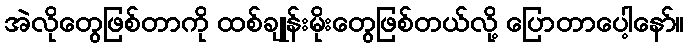
အဲလိုတွေဖြစ်တာကို ထစ်ချုန်းမိုးတွေဖြစ်တယ်လို့ ပြောတာပေါ့နော်။